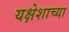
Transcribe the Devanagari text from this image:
यक्षेशाच्या